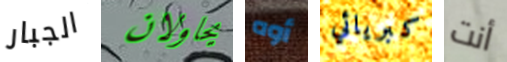
الجبار يحاولان أوه كبريائي أنت